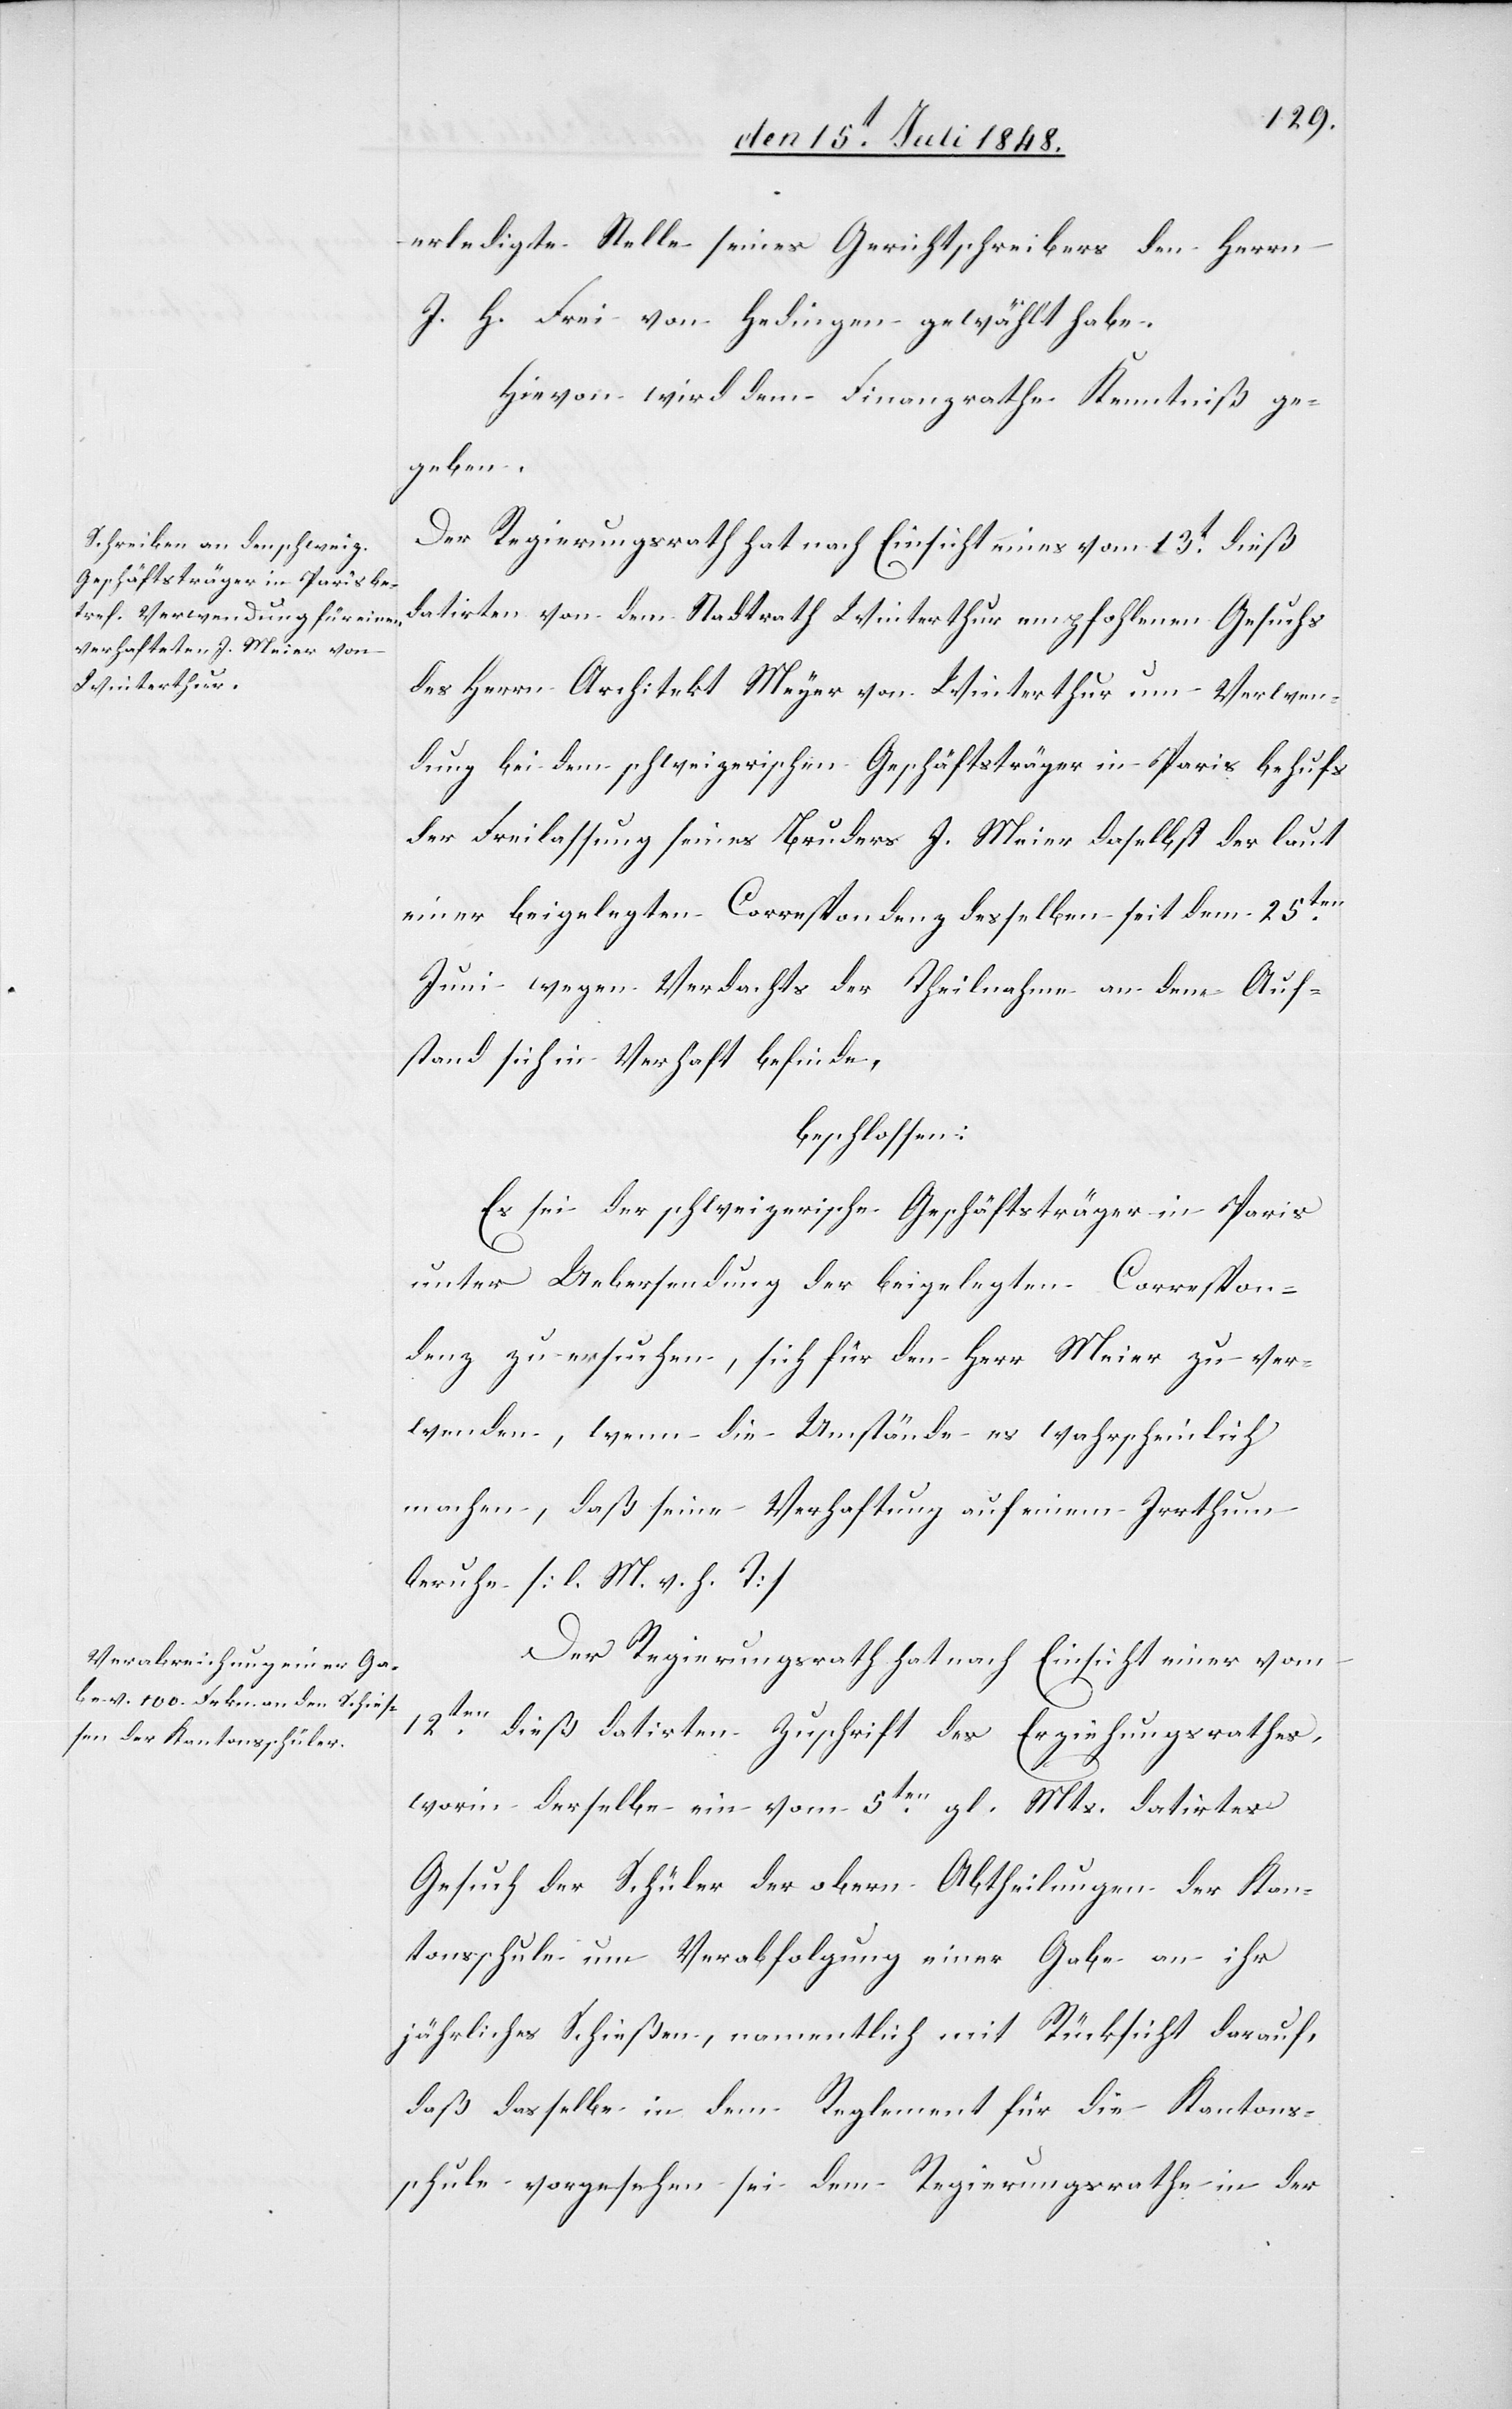
erledigte Stelle seines Gerichtschreibers den Herrn
J. H. Frei von Hedingen gewählt habe.
Hievon wird dem Finanzrathe Kenntniß ge¬
geben.
Der Regierungsrath hat nach Einsicht eines vom 13t dieß
datirten von dem Stadtrath Winterthur empfohlenen Gesuchs
des Herrn Architekt Meyer von Winterthur um Verwen¬
dung bei dem schweizerischen Geschäftsträger in Paris behufs
der Freilassung seines Bruders J. Meier daselbst der laut
einer beigelegten Correspondenz desselben seit dem 25ten
Juni wegen Verdachts der Theilnahme an dem Auf¬
stand sich in Verhaft befinde,
beschlossen:
Es sei der schweizerische Geschäftsträger in Paris
unter Uebersendung der beigelegten Correspon¬
denz zu ersuchen, sich für den Herrn Meier zu ver¬
wenden, wenn die Umstände es wahrscheinlich
machen, daß seine Verhaftung auf einem Irrthum
beruhe. [l. M. v. h. T]
Der Regierungsrath hat nach Einsicht einer vom
12ten dieß datirten Zuschrift des Erziehungsrathes,
worin derselbe ein vom 5ten gl. Mts. datirtes
Gesuch der Schüler der obern Abtheilungen der Kan¬
tonsschule um Verabfolgung einer Gabe an ihr
jährliches Schießen, namentlich mit Rücksicht darauf,
daß dasselbe in dem Reglement für die Kantons¬
schule vorgesehen sei dem Regierungsrathe in der